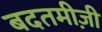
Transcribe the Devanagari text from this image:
बदतमीज़ी